Annual report on the working of the lock hospitals in the Central Provinces
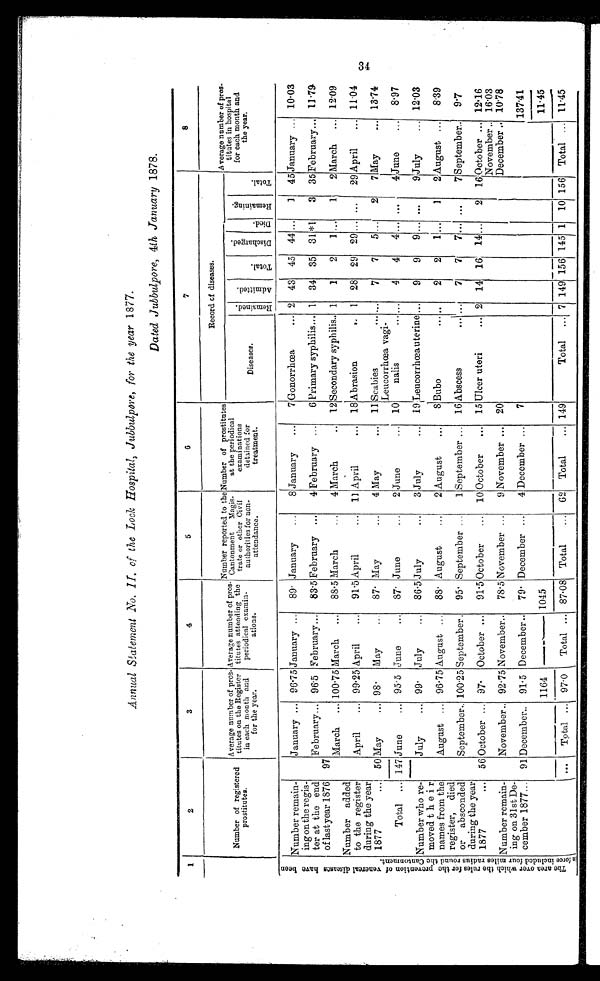
Annual Statement No. II. of the Lock Hospital, Jubbulpore, for the year 1877.
Dated Jubbulpore, 4th January 1878.
1
2
3
4
5
6
7
8
Number of registered
prostitutes.
Average number of pros-
titutes on the Register
in each month and
for the year.
Average number of pros-
titutes attending the
periodical examin-
Number reported to the
Cantonment
Magis-
trate or other Civil
authorities for non-
attendance.
Number of prostitutes
at the periodical
examinations
detained for
treatment.
Record of diseases.
Average number of pros-
titutes in hospital
for each month and
the year.
Diseases.
R e m a i n e d .
A d m i t t e d
T o t a l .
D i s c h a r g e d .
D i c d .
R e m a i n i n i n g .
T o t a l
. .
T h e a r e a o v e r w h i c h t h e r u l e s f o r t h e p r e v e n t i o n o f v e n e r e a l d i s e c a s e s h a v e b e e n i n f o r c e i n d u d e d f o u r m i l e s r a d i u s r o u n d t h e C a n t o n m e n t .
Number remain-
ing on the regis-
ter at the end
of last year 1876
January... 96·75 January ...
89· January
...
8 January
...
7 Gonorrhœa
... 2 43
45 44 ...
1
45 January ... 10·03
97
February... 96·5 February ...
83·5 February ...
4 February ...
6 Primary syphilis... 1
34
35
31 *1
3 35 February... 11·79
March
... 100·75 March
...
88.5 March
4 March
..
12 Secondary syphilis.. 1
1
2
1 ...
1
2 March
... 12·09
Number added
to the register
during the year
1877
...
April
... 99·25 April
...
91·5 April
...
11 April
...
1 8 Abrasion
1
28
29 29 ... ...
29 April
... 11·04
50 May
... 98·
May
87· May
...
4 May
11 Scabies
...
7
7
5
2
7 May
...
13·74
Leucorrhœa vagi
nalis
...
Total ... 147 June
... 95·5 June
...
87· June
...
2 June
...
10
4
4
4 ... ...
4
June
...
8·97
Number who re-
moved their
names from the
register, died
or absconded
during the year
1877
...
July
... 99·
July
86·5 July
...
3 July
...
19 Leucorrhœa uterine ...
9
9
9 ... ... 9
July
...
12·03
August ... 96·75 August
...
88· August
...
2 August
...
8 Bubo
. . . ..
2
2
1
1 2
August
...
8·39
September. 100·25 September
...
95· September
...
1 September
...
16 Abscess
...
7
7
7 ...
7
September
...
9·7
56 October ... 97·
October ...
91·5 October
...
10 October
...
15 Ulcer uteri
... 2 14 16 14
2
16 October
...
12·16
November
16·03
Number remain-
ing on 31st De-
cember 1877...
November
...
92·75 November
...
78·5 November ...
9 November
...
20
December
10·78
91 December
...
91·5 December
...
79· December ...
4 December
...
7
137·41
1164
1045
11·45
...
Total ... 97·0
Total ... 87·08 Total
...
62 Total
... 149
Total
... 7 149 156 145 1
10 156 Total ... 11·45